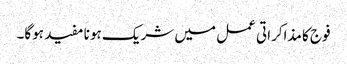
فوج کا مذاکراتی عمل میں شریک ہونا مفید ہوگا۔